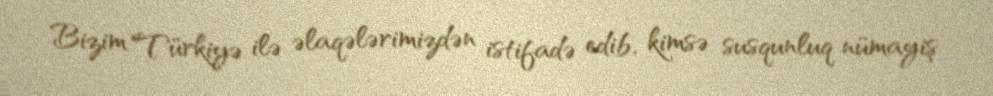
Bizim Türkiyə ilə əlaqələrimizdən istifadə edib, kimsə susqunluq nümayiş